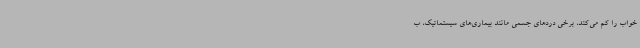
خواب را کم می‌کند، برخی دردهای جسمی مانند بیماری‌های سیستماتیک، ب